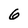
Character: 6